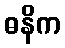
ဓနိက